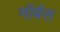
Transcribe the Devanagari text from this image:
मॉर्बस